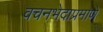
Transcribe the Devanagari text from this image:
वचनभेदाप्रमाणे